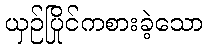
ယှဉ်ပြိုင်ကစားခဲ့သော